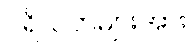
ပရိသတ်များအား